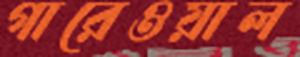
গারেওয়াল